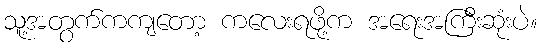
သူ့အတွက်ကကျတော့ ကလေးရဖို့က အရေးအကြီးဆုံးပဲ။